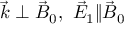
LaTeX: { \vec { k } } \perp { \vec { B } } _ { 0 } , \ { \vec { E } } _ { 1 } \| { \vec { B } } _ { 0 }